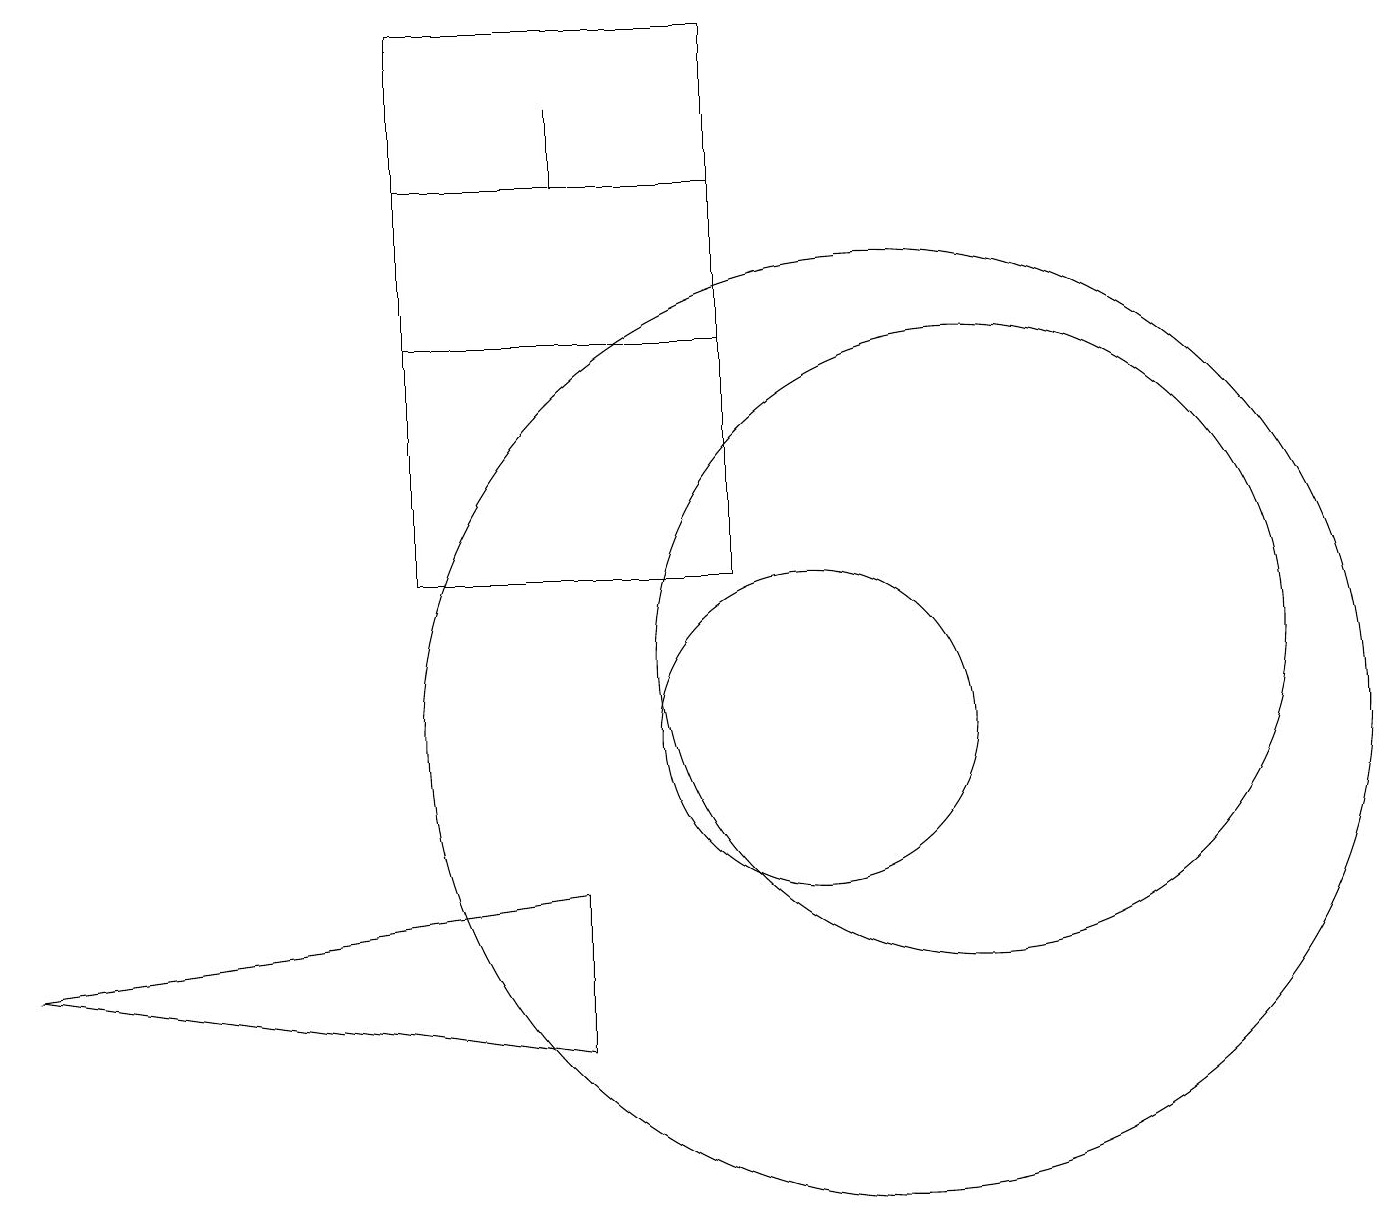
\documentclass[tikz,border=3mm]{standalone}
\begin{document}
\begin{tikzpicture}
\draw (7,17) rectangle (7,18);
\draw (5,19) rectangle (9,12);
\draw (12,11) circle (4);
\draw (9,15) rectangle (5,17);
\draw (10,10) circle (2);
\draw (11,10) circle (6);
\draw (7,6) -- (7,8) -- (0,7) -- cycle;
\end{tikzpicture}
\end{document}